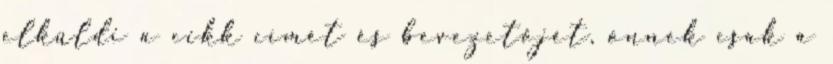
elküldi a cikk címét és bevezetőjét, önnek csak a